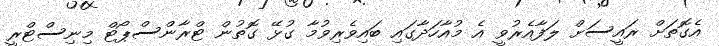
އެގޮތަށް ރައީސަށް ލަފާއެރުވީ އެ މުއާހަދާގައި ބައިވެރިވުމާ ގުޅޭ ގޮތުން ޓްރާންސްޕޯޓް މިނިސްޓްރީ